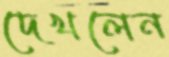
দেখলেন